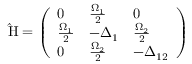
\mathrm { \hat { H } } = \left( \begin{array} { l l l } { 0 } & { \frac { \Omega _ { 1 } } { 2 } } & { 0 } \\ { \frac { \Omega _ { 1 } } { 2 } } & { - \Delta _ { 1 } } & { \frac { \Omega _ { 2 } } { 2 } } \\ { 0 } & { \frac { \Omega _ { 2 } } { 2 } } & { - \Delta _ { 1 2 } } \end{array} \right)